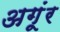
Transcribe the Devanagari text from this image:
अगूंर